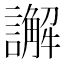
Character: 𮙁